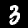
Label: 3